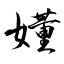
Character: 嬞